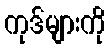
ကုဒ်များကို